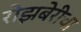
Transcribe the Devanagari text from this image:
रोझबेरीचा